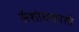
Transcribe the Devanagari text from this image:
संशोधकाशी